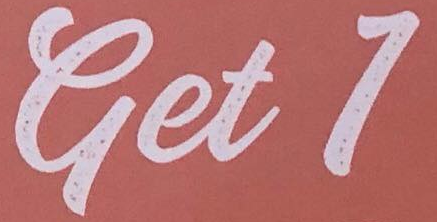
Get1